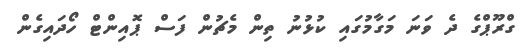
ގްރޫޕްގެ ދެ ވަނަ މަގާމުގައި ކުޅުނު ތިން މެޗުން ފަސް ޕޮއިންޓް ހޯދައިގެން